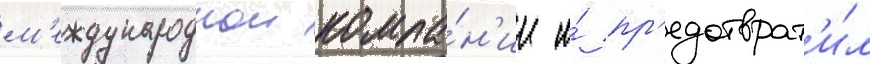
м'еждународнои компа́н'ии и́ пр'едотврат'и́л